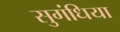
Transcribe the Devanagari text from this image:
सुगंधिया